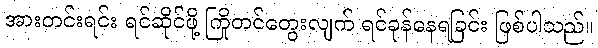
အားတင်းရင်း ရင်ဆိုင်ဖို့ ကြိုတင်တွေးလျက် ရင်ခုန်နေရခြင်း ဖြစ်ပါသည်။